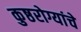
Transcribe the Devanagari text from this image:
कुष्ठरोग्यांचे